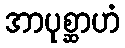
အာပုစ္ဆာဟံ